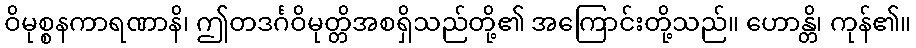
ဝိမုစ္စနကာရဏာနိ၊ ဤတဒင်္ဂဝိမုတ္တိအစရှိသည်တို့၏ အကြောင်းတို့သည်။ ဟောန္တိ၊ ကုန်၏။